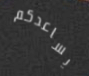
يساعدكم